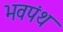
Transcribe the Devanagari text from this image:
भवपंथ